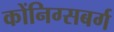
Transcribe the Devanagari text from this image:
कोंनिग्सबर्ग